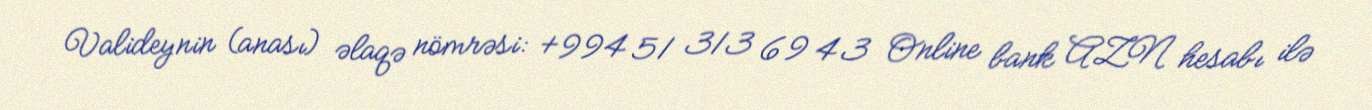
Valideynin (anası) əlaqə nömrəsi: +994 51 313 69 43 Online bank AZN hesabı ilə